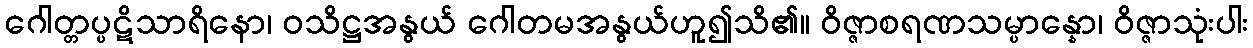
ဂေါတ္တပ္ပဋိသာရိနော၊ ဝသိဋ္ဌအနွယ် ဂေါတမအနွယ်ဟူ၍သိ၏။ ဝိဇ္ဇာစရဏသမ္ပာန္နော၊ ဝိဇ္ဇာသုံးပါး